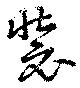
装